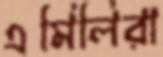
এমিলিরা